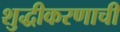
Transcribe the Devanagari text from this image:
शुद्धीकरणाची